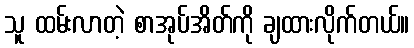
သူ ထမ်းလာတဲ့ စာအုပ်အိတ်ကို ချထားလိုက်တယ်။